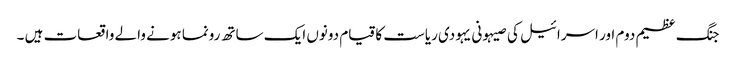
جنگ عظیم دوم اور اسرائیل کی صیہونی یہودی ریاست کا قیام دونوں ایک ساتھ رونما ہونے والے واقعات ہیں ۔